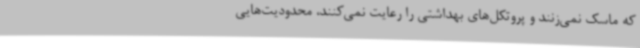
که ماسک نمی‌زنند و پروتکل‌های بهداشتی را رعایت نمی‌کنند، محدودیت‌هایی